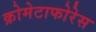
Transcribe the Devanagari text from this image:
क्रोमेटाफोरेस